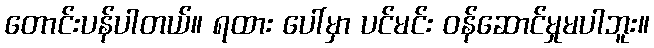
တောင်းပန်ပါတယ်။ ရထား ပေါ်မှာ ပင်မင်း ဝန်ဆောင်မှုမပါဘူး။